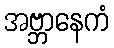
အဗ္ဘာနေကံ